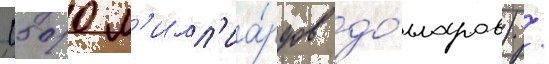
(500 м'илл'иа́рдов до́лларов) /